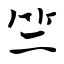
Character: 竺